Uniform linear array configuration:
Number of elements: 16
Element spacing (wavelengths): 0.75
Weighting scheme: blackman
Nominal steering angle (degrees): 45
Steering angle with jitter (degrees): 46.522
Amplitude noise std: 0.05
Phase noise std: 0.05

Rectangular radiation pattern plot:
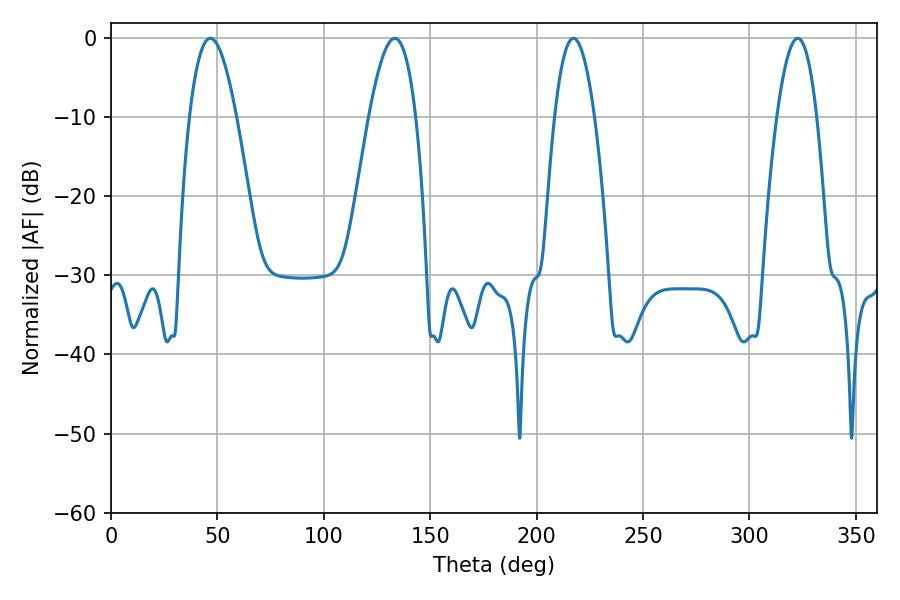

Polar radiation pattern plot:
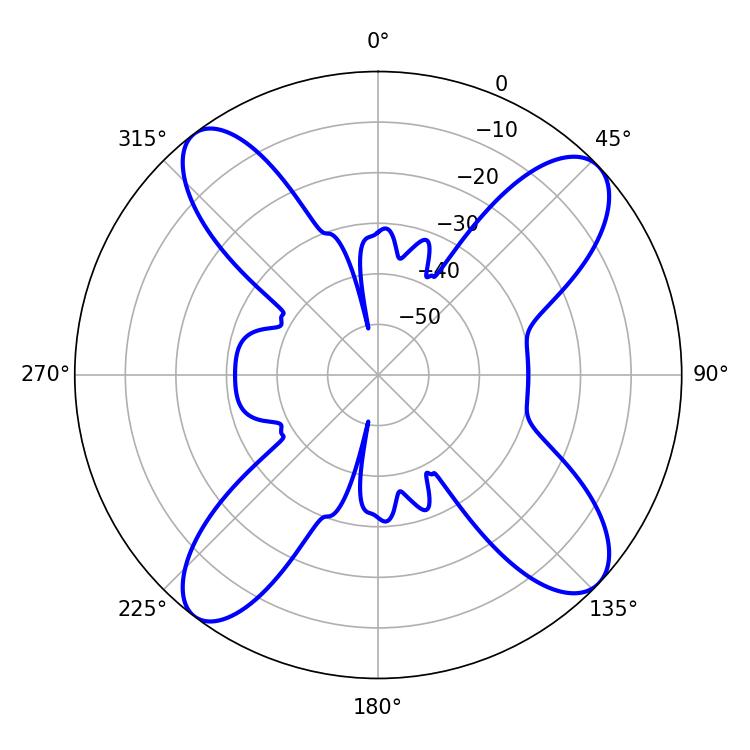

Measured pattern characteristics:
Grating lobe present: TRUE
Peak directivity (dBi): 13.082
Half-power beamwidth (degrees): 12.06
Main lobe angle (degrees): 46.62